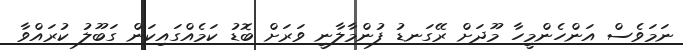
ނަމަވެސް އަންހެންމީހާ މޫދަށް ރޭގަނޑު ފުންމާލާނީ ވަރަށް ބޮޑު ކަމެއްގައިކަން ގަބޫލު ކުރައްވާ